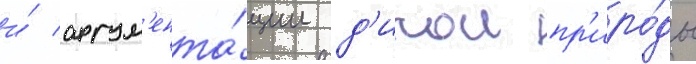
и́ аргум'ента́ции д'икои пр'иро́ды